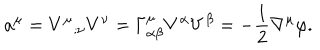
a ^ { \mu } = V ^ { \mu } { } _ { ; \nu } V ^ { \nu } = \Gamma _ { \alpha \beta } ^ { \mu } V ^ { \alpha } V ^ { \beta } = - { \frac { 1 } { 2 } } \nabla ^ { \mu } \varphi .